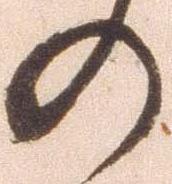
の